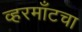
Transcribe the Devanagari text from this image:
व्हरमाँटचा